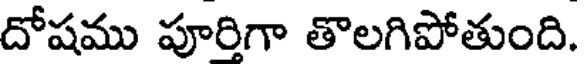
దోషము పూరిగా తొలగిపోతుంది.